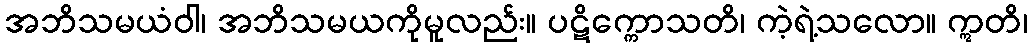
အဘိသမယံဝါ၊ အဘိသမယကိုမူလည်း။ ပဋိက္ကောသတိ၊ ကဲ့ရဲ့သလော။ ဣတိ၊